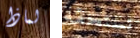
لماذا تستحقه